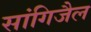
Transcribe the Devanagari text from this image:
सांगिजैल